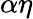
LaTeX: \alpha\eta